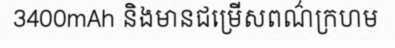
3400mAh និងមានជម្រើសពណ៌ក្រហម